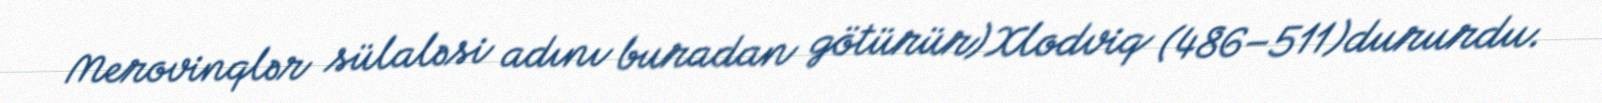
Merovinqlər sülaləsi adını buradan götürür)Xlodviq (486–511)dururdu.